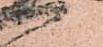
候